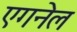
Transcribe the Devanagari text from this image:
एगनेल